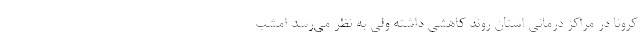
کرونا در مراکز درمانی استان روند کاهشی داشته ولی به نظر می‌رسد امشب